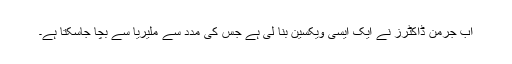
اب جرمن ڈاکٹرز نے ایک ایسی ویکسین بنا لی ہے جس کی مدد سے ملیریا سے بچا جاسکتا ہے۔